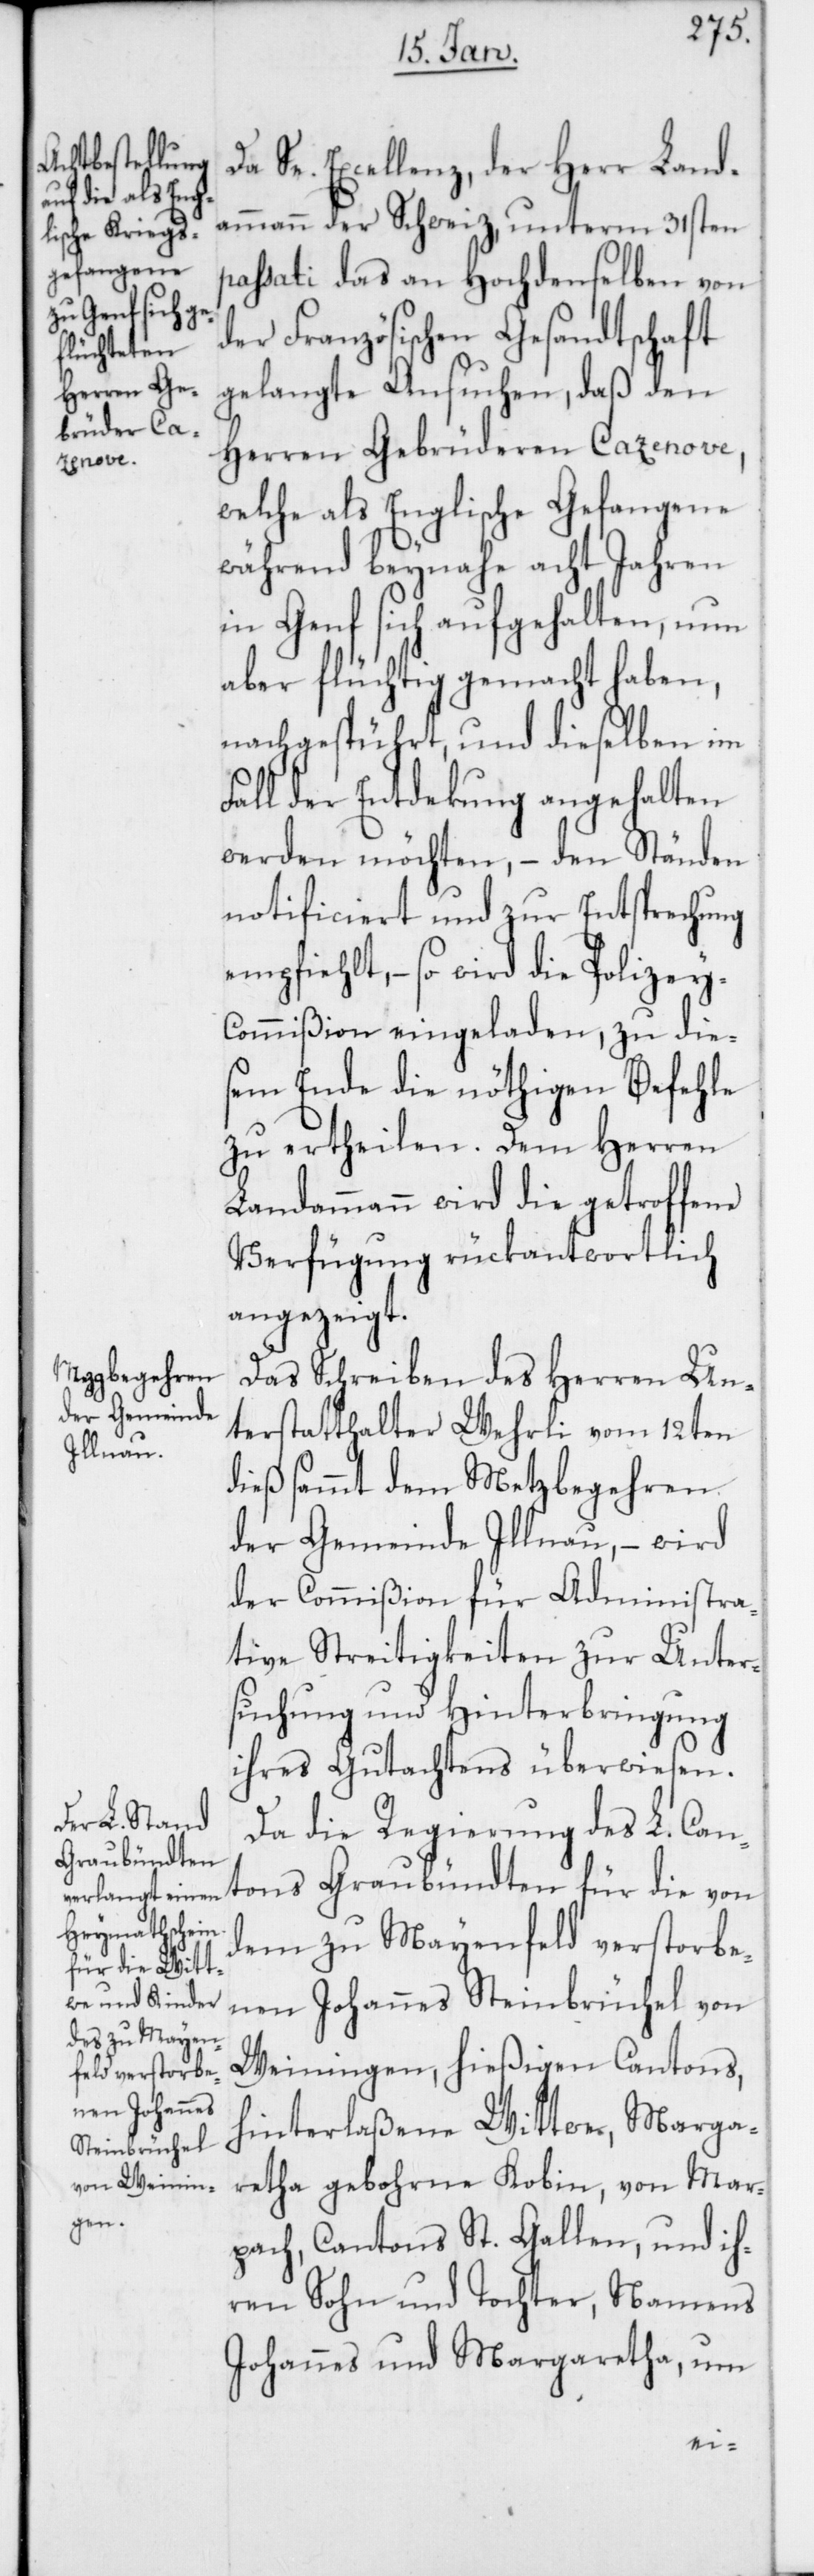
Da Se. Excellenz, der Herr Land¬
ammann der Schweiz, unterm 31sten
passati das an Hochdenselben von
der Französischen Gesandtschaft
gelangte Ansuchen, daß den
Herren Gebrüderen Cazenove,
tons
welche als Englische Gefangene
während beynahe acht Jahren
in Genf sich aufgehalten, nun
aber flüchtig gemacht haben,
nachgespührt, und dieselben im
Fall der Entdekung angehalten
werden möchten, – den Ständen
notificiert und zur Entsprechung
empfiehlt, – so wird die Polizey-C¬
ommißion eingeladen, zu die¬
sem Ende die nöthigen Befehle
zu ertheilen. Dem Herren
Landammann wird die getroffene
Verfügung rückantwortlich
angezeigt.
Das Schreiben des Herren Un¬
terstatthalter Wehrli vom 12ten
dieß sammt dem Metzgbegehren
der Gemeinde Illnau, – wird
der Commißion für Administra¬
tive Streitigkeiten zur Unter¬
suchung und Hinterbringung
ihres Gutachtens überwiesen.
Da die Regierung des L. Can¬
Graubündten
dem zu Mayenfeld verstorbe¬
nen Johannes Steinbrüchel von
Weiningen, hießigen Cantons,
hinterlaßene Wittwe, Marga¬
retha gebohrne Kobin, von Mar¬
bach, Cantons St. Gallen, und ih¬
ren Sohn und Tochter, Namens
Johannes und Margaretha, um